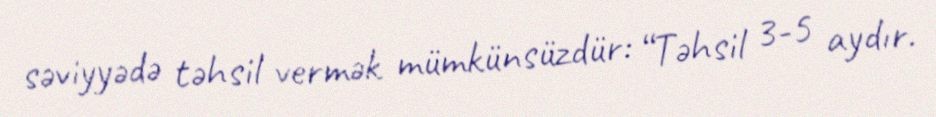
səviyyədə təhsil vermək mümkünsüzdür: “Təhsil 3-5 aydır.